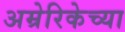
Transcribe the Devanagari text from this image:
अम्रेरिकेच्या